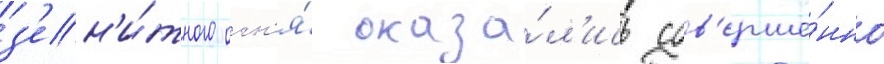
з'ен'и́тного огн'я́ оказа́л'ись сов'ерше́нно